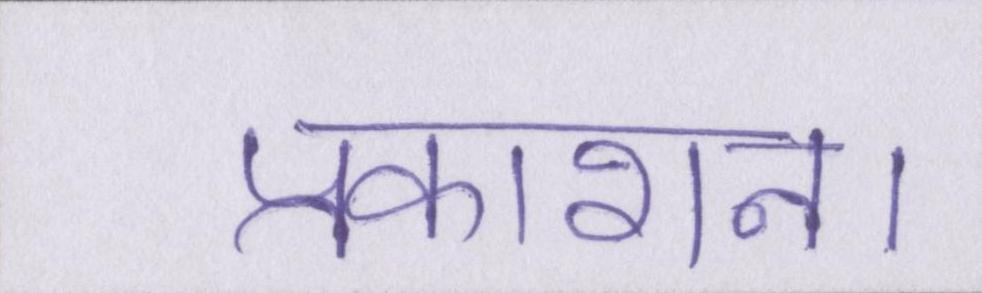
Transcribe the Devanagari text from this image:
प्रकाशन।